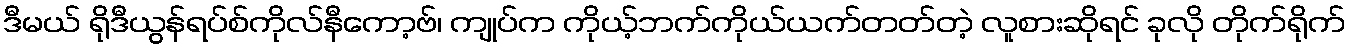
ဒီမယ် ရိုဒီယွန်ရပ်စ်ကိုလ်နီကော့ဗ်၊ ကျုပ်က ကိုယ့်ဘက်ကိုယ်ယက်တတ်တဲ့ လူစားဆိုရင် ခုလို တိုက်ရိုက်